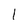
Character: l